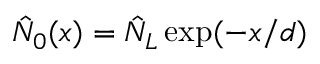
\hat { N } _ { 0 } ( x ) = \hat { N } _ { L } \exp ( - x / d )